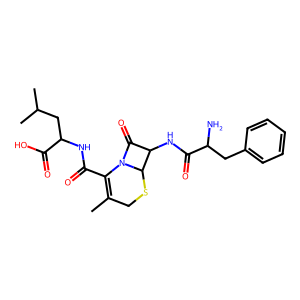
SMILES: CC1=C(C(=O)NC(CC(C)C)C(=O)O)N2C(=O)C(NC(=O)C(N)Cc3ccccc3)C2SC1
Inhibits HIV replication: No